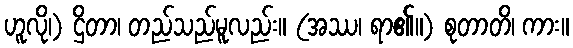
ဟူလို၊) ဌိတာ၊ တည်သည်မူလည်း။ (အဿ၊ ရာ၏။) စုတာတိ၊ ကား။